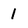
Character: 1